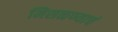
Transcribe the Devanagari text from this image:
मिसळण्याचं